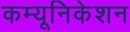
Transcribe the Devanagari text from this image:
कम्‍यूनिकेशन